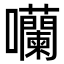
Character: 囒